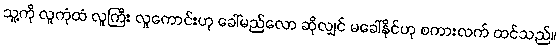
သူ့ကို လူကုံထံ လူကြီး လူကောင်းဟု ခေါ်မည်လော ဆိုလျှင် မခေါ်နိုင်ဟု စကားလက် ထင်သည်။